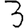
Digit: 3